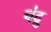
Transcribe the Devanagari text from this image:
चंद्रु